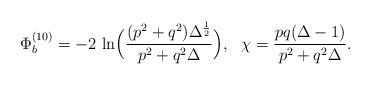
LaTeX: \begin{align*}\Phi_b^{(10)} = - 2 ~{\rm ln}\Big({(p^2 + q^2) \Delta ^{1\over 2}\over{p^2 + q^2 \Delta}}\Big), ~~\chi = {pq(\Delta -1)\over{p^2 + q^2 \Delta}}.\end{align*}